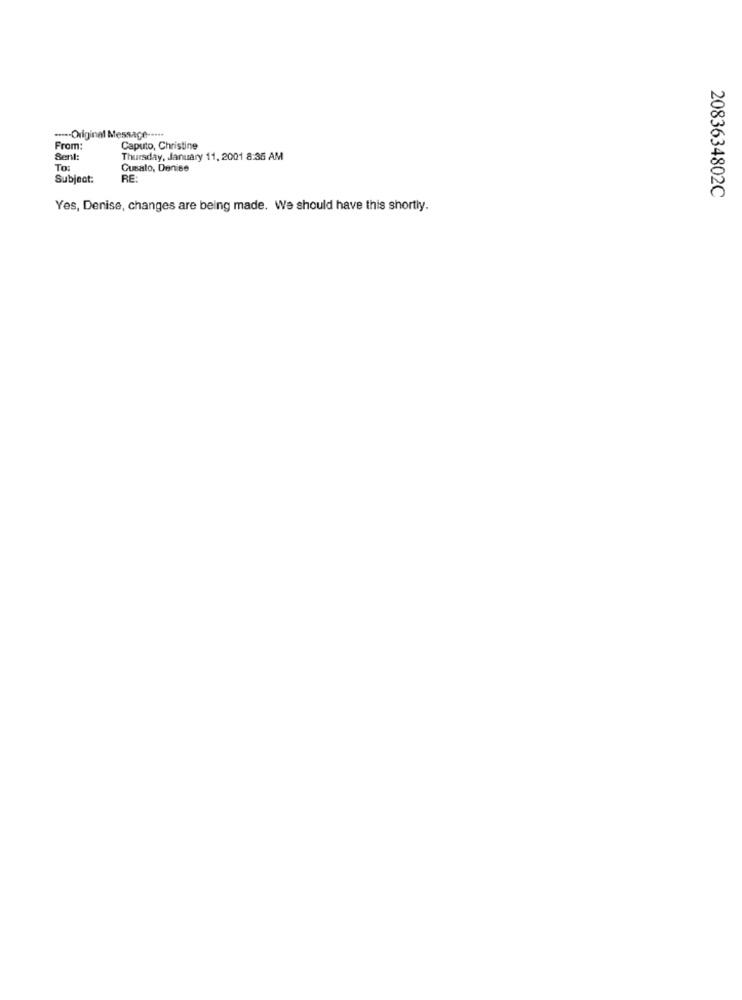
..--- Original Message --...
From:
Caputo, Christine
Sent:
Thursday, January 11, 2001 8:36 AM
To:
Gusato, Denise
Subject:
RE:
2083634802C
Yes, Denise, changes are being made. We should have this shortly.